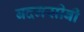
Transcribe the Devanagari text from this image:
बदनसीबी